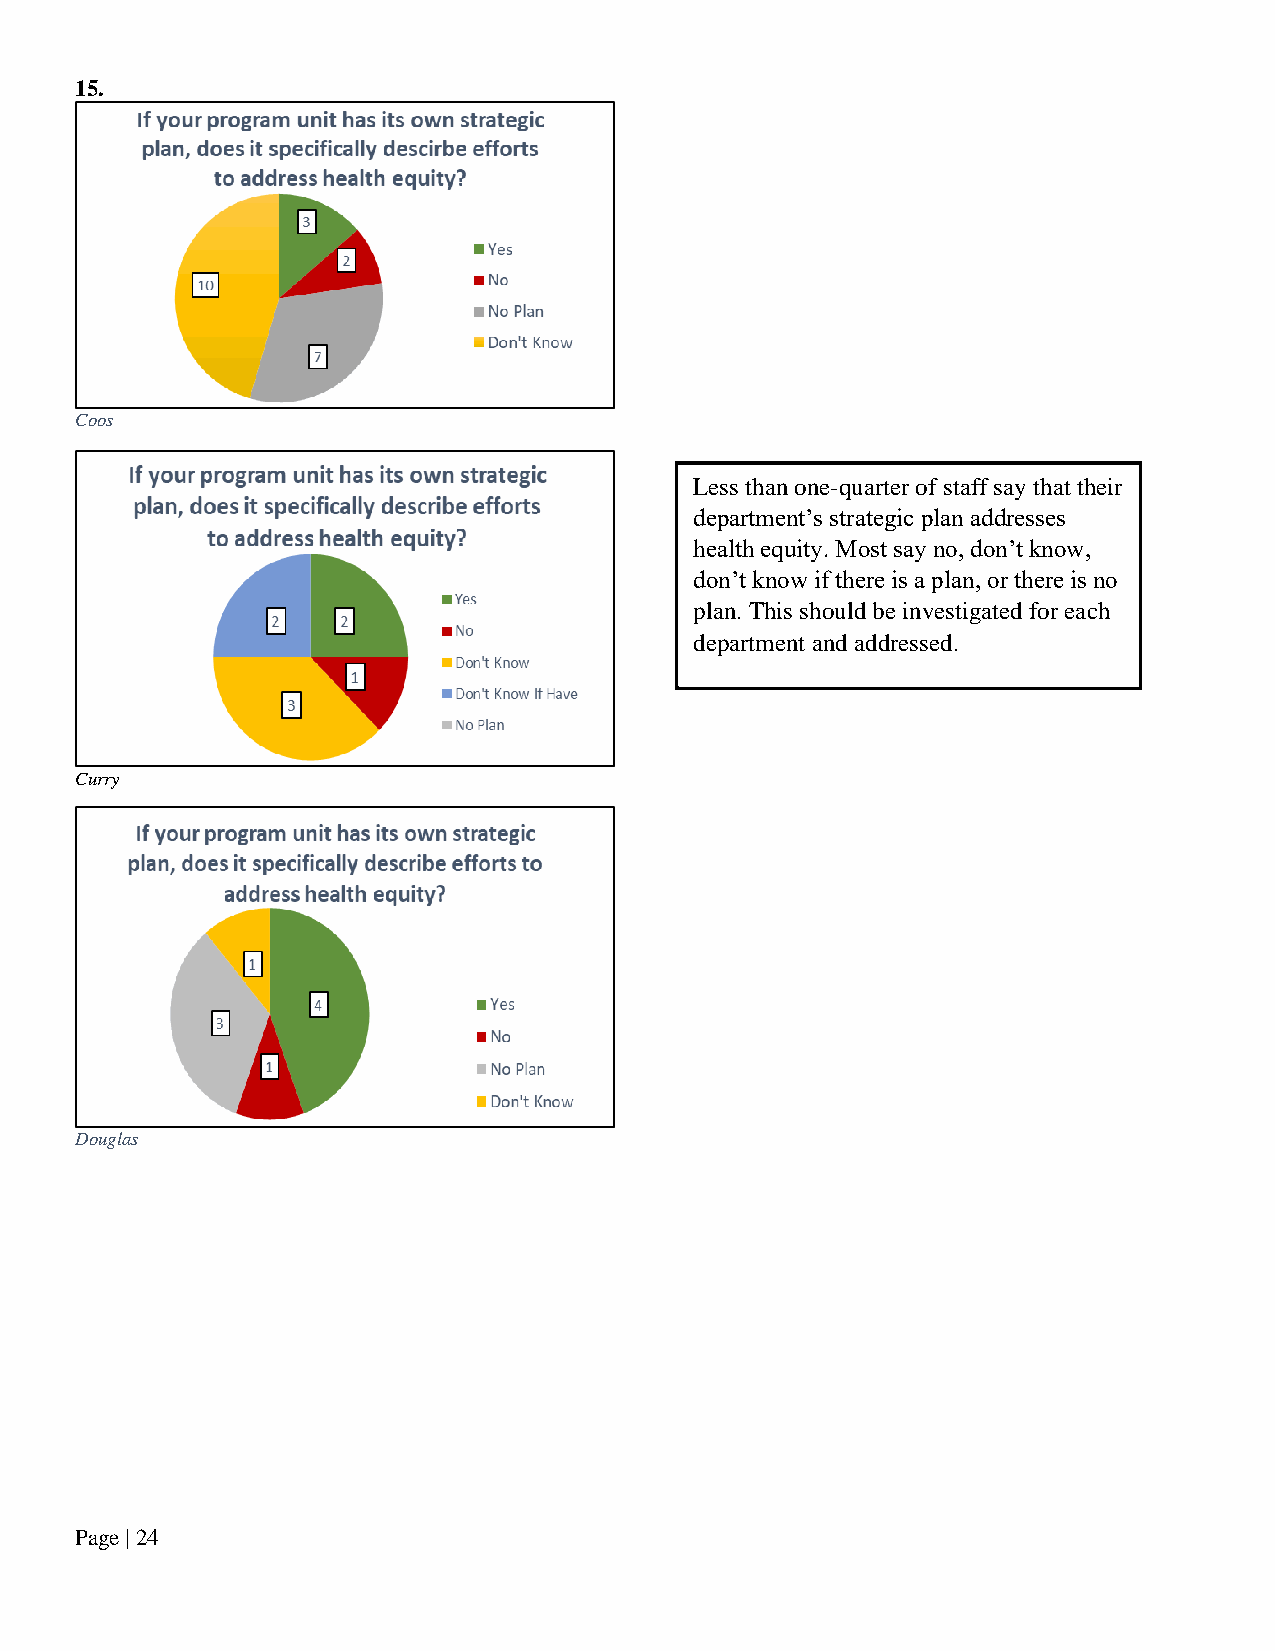
15.
 Coos
 Less than one-quarter of staff say that their
 department’s strategic plan addresses
 health equity. Most say no, don’t know,
 don’t know if there is a plan, or there is no
 plan. This should be investigated for each
 department and addressed.
 Curry
 Douglas
 Page | 24